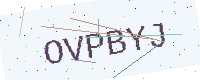
Text: OVPBYJ